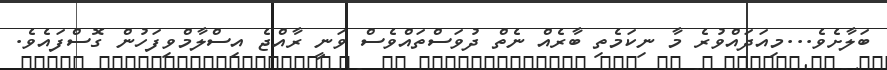
ބަލާށެވެ...މިއަދައްވުރެ މާ ނިކަމެތި ބާރެއް ނެތް ދުވަސްތައްވެސް ވަނީ ރާއްޖެ އިސްލާމްވިފަހުން ގޮސްފައެވެ.